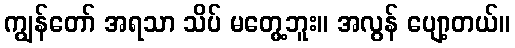
ကျွန်တော် အရသာ သိပ် မတွေ့ဘူး။ အလွန် ပျော့တယ်။